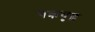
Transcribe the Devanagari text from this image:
चक्रवृद्ध